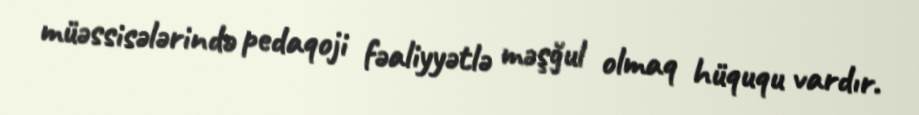
müəssisələrində pedaqoji fəaliyyətlə məşğul olmaq hüququ vardır.